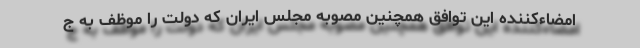
امضاءکننده این توافق همچنین مصوبه مجلس ایران که دولت را موظف به ج